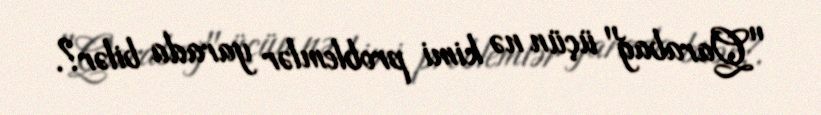
"Qarabağ" üçün nə kimi problemlər yarada bilər?.